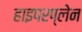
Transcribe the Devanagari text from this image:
हाइपरप्लेन